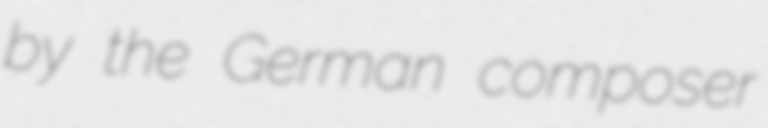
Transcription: by the German composer